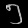
Digit: ၅